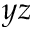
y z